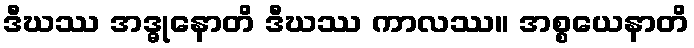
ဒီဃဿ အဒ္ဓုနောတိ ဒီဃဿ ကာလဿ။ အစ္စယေနာတိ